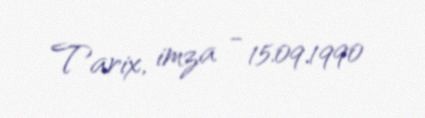
Tarix, imza - 15.09.1990